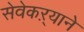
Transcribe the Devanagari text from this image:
सेवेकऱ्याने